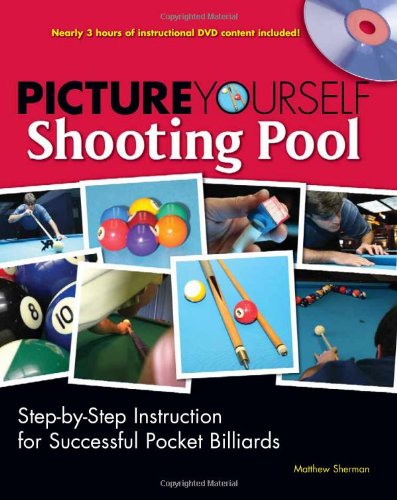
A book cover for Picture Yourself Shooting Pool; Matt Sherman; Sports & Outdoors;